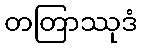
တတြာဿုဒံ